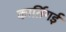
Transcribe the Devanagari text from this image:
कार्तिगई